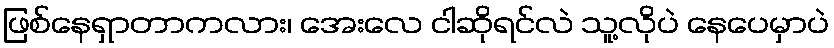
ဖြစ်နေရှာတာကလား၊ အေးလေ ငါဆိုရင်လဲ သူ့လိုပဲ နေပေမှာပဲ